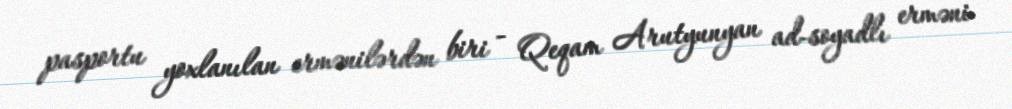
pasportu yoxlanılan ermənilərdən biri - Qeqam Arutyunyan ad-soyadlı erməni